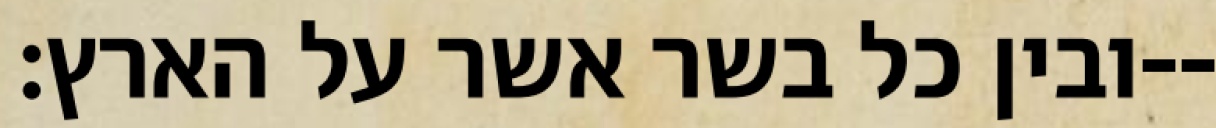
ובין כל בשר אשר על הארץ׃--